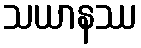
သယာနဿ